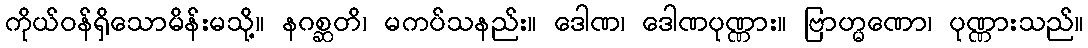
ကိုယ်ဝန်ရှိသောမိန်းမသို့။ နဂစ္ဆတိ၊ မကပ်သနည်း။ ဒေါဏ၊ ဒေါဏပုဏ္ဏား။ ဗြာဟ္မဏော၊ ပုဏ္ဏားသည်။